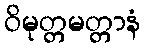
ဝိမုတ္တမတ္တာနံ